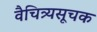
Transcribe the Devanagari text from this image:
वैचित्र्यसूचक